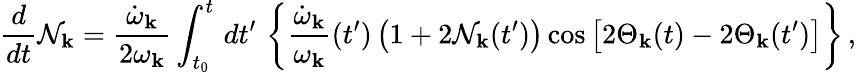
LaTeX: {\frac{d}{dt}}{\cal N}_{\mathbf k}={\frac{\dot{\omega}_{\mathbf k}}{2\omega_{\mathbf k}}}\int_{t_{0}}^{t}\, dt^{\prime}\, \left\{ {\frac{\dot{\omega}_{\mathbf k}}{\omega_{\mathbf k}}}(t^{\prime})\left(1+2{\cal N}_{\mathbf k}(t^{\prime})\right)\cos\left[2\Theta_{\mathbf k}(t)-2\Theta_{\mathbf k}(t^{\prime})\right]\right\} \, ,